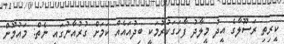
ކީރިތި ރަސޫލާގެ އީދު މީލާދު ފާހަގަކުރުމަކީ ބިދުއައެއް ކަމަށް ގުރުއާނުގައި ނެތް: މައުމޫން